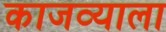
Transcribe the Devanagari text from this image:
काजव्याला